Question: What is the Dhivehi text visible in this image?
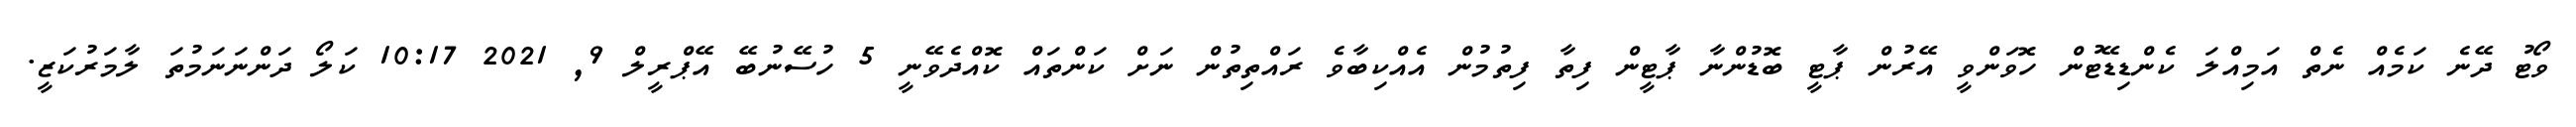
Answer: ވޯޓު ދޭނެ ކަމެއް ނެތް އަމިއްލަ ކެންޑިޑޭޓުން ހޮވަންވީ އޭރުން ޕާޓީ ބޮޑުންނާ ޕާޓީން ފިތާ ފިތުމުން އެއްކިބާވެ ރައްތިތުން ނަށް ކަންތައް ކޮއްދެވޭނީ 5 ހުސޭނުބޭ އޭޕްރީލް 9, 2021 10:17 ކަލޯ ދަންނަނަމުތަ ލާމަރުކަޒީ.